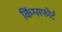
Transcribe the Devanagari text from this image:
किंग्सफोर्ट